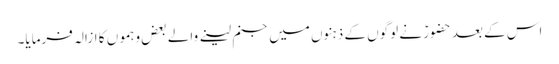
اس کے بعد حضورؑ نے لوگوں کے ذہنوں میں جنم لینے والے بعض وہموں کا ازالہ فرمایا۔